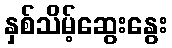
နှစ်သိမ့်ဆွေးနွေး